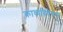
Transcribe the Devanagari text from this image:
काव्यविवेचना